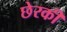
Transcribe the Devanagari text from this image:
छेरकी